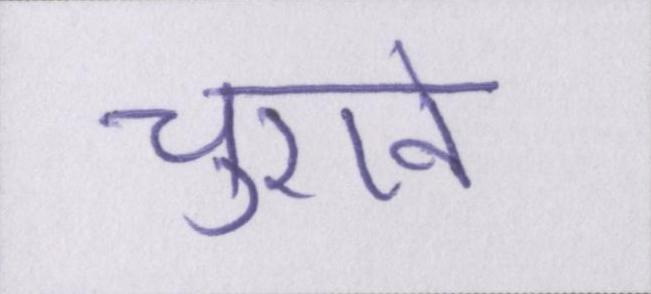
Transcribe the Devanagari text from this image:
चुराने